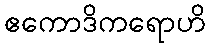
ဧကောဒိကရောဟိ